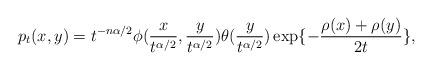
LaTeX: \begin{align*}p_t(x,y)=t^{-n\alpha/2}\phi(\frac{x}{t^{\alpha/2}}, \frac{y}{t^{\alpha/2}})\theta(\frac{y}{t^{\alpha/2}})\exp\{- \frac{\rho(x)+\rho(y)}{2t} \},\end{align*}